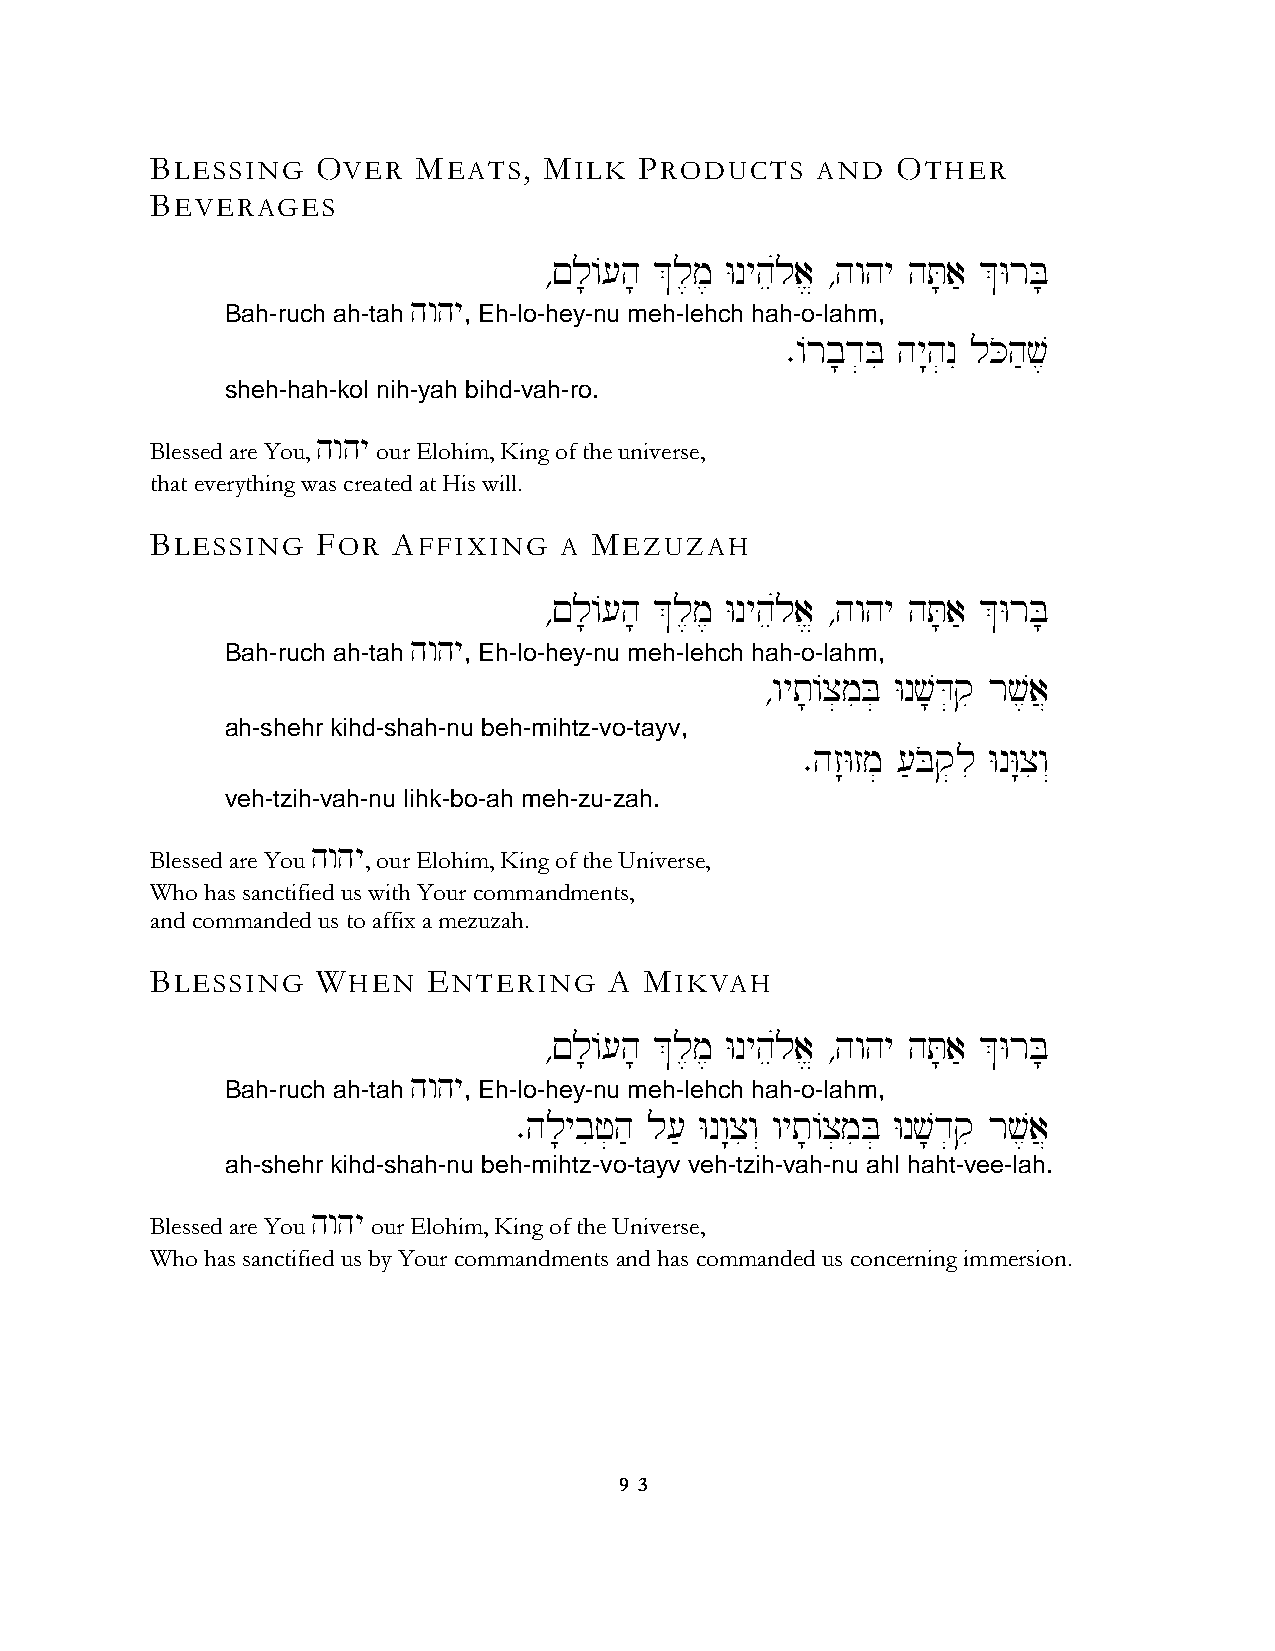
BLESSING   OVER   MEATS,  MILK  PRODUCTS    AND  OTHER
 BEVERAGES
 ∆!l;/[h; &l,m, Wnyheúla> ∆hwhy hT;a' &WrB;
 hwhy
 Bah-ruch ah-tah , Eh-lo-hey-nu meh-lehch hah-o-lahm,
 ∑/rb;d]Bi hy:h]nI lKoh'v,
 sheh-hah-kol nih-yah bihd-vah-ro.
 hwhy
 Blessed are You, our Elohim, King of the universe,
 that everything was created at His will.
 BLESSING   FOR  AFFIXING   A MEZUZAH
 ∆!l;/[h; &l,m, Wnyheúla> ∆hwhy hT;a' &WrB;
 hwhy
 Bah-ruch ah-tah , Eh-lo-hey-nu meh-lehch hah-o-lahm,
 ∆wyt;/x]miB] Wnv;D]qi rv,a}
 ah-shehr kihd-shah-nu beh-mihtz-vo-tayv,
 ∑hz:Wzm] ['Boq]li WnW:xiw“
 veh-tzih-vah-nu lihk-bo-ah meh-zu-zah.
 hwhy
 Blessed are You , our Elohim, King of the Universe,
 Who has sanctified us with Your commandments,
 and commanded us to affix a mezuzah.
 BLESSING   WHEN   ENTERING    A  MIKVAH
 ∆!l;/[h; &l,m, Wnyheúla> ∆hwhy hT;a' &WrB;
 hwhy
 Bah-ruch ah-tah , Eh-lo-hey-nu meh-lehch hah-o-lahm,
 ∑hl;ybif]h' l[' Wnw:xiw“ wyt;/x]miB] Wnv;d]qi rv,a}
 ah-shehr kihd-shah-nu beh-mihtz-vo-tayv veh-tzih-vah-nu ahl haht-vee-lah.
 hwhy
 Blessed are You our Elohim, King of the Universe,
 Who has sanctified us by Your commandments and has commanded us concerning immersion.
 9 3